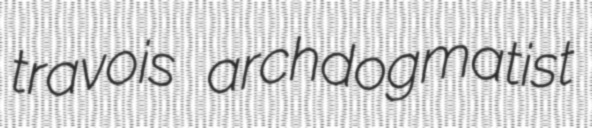
travois archdogmatist